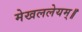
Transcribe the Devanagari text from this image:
मेखललेयम्॥